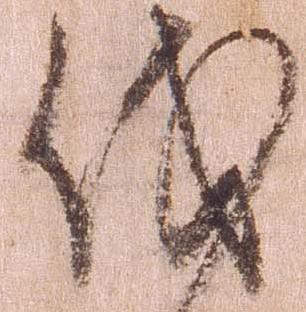
伐